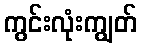
ကွင်းလုံးကျွတ်